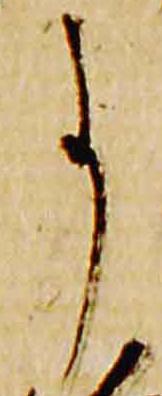
事